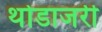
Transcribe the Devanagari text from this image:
थोडाजरी